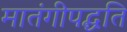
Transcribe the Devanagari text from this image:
मातंगीपद्धति